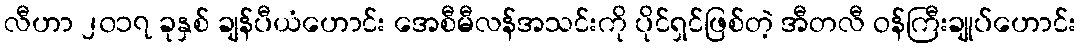
လီဟာ ၂၀၁၇ ခုနှစ် ချန်ပီယံဟောင်း အေစီမီလန်အသင်းကို ပိုင်ရှင်ဖြစ်တဲ့ အီတလီ ဝန်ကြီးချုပ်ဟောင်း